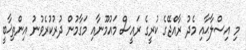
މި އިސްލާޙާއި މެދު ރާއްޖޭގެ ކުރީގެ ރައީސް މައުމޫނާއި މަގާމުން ދުރުކުރެވުނު އިންތިޚާބީ